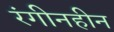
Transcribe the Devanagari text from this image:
रंगीनहीन